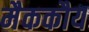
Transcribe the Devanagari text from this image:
मैककौय